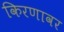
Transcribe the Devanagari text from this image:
किरणावर